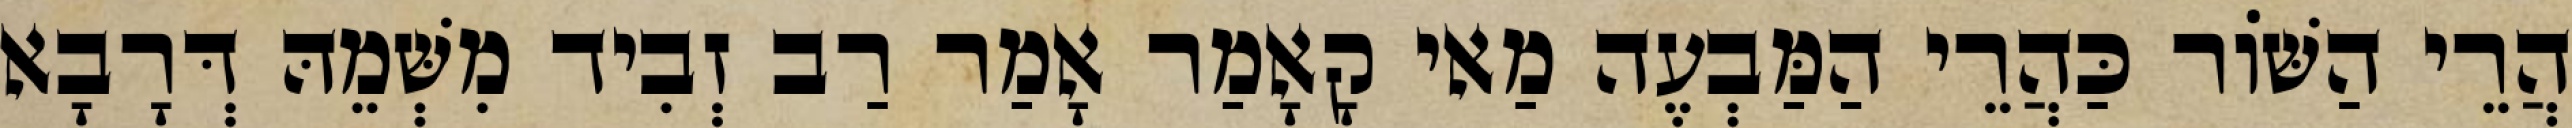
הֲרֵי הַשּׁוֹר כַּהֲרֵי הַמַּבְעֶה מַאי קָאָמַר אָמַר רַב זְבִיד מִשְּׁמֵהּ דְּרָבָא